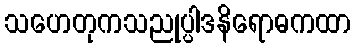
သဟေတုကသညုပ္ပါဒနိရောဓကထာ